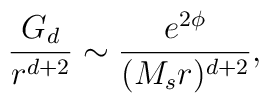
{G_d \over r^{d+2}} \sim {e^{2\phi} \over (M_s r)^{d+2}},